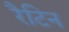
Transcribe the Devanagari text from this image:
रैटिन